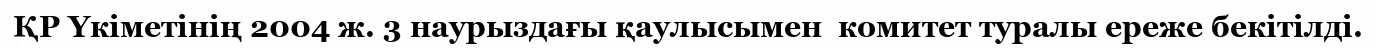
ҚР Үкіметінің 2004 ж. 3 наурыздағы қаулысымен  комитет туралы ереже бекітілді.